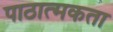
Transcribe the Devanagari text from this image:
पाठात्मकता